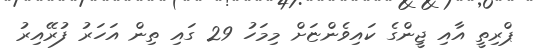
ޕްރިތީ އާއި ޖީންގެ ކައިވެންޏަށް މިމަހު 29 ގައި ތިން އަހަރު ފުރޭއިރު